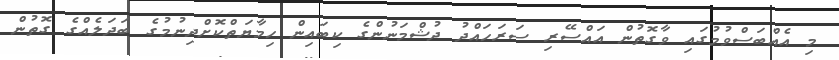
މި އެއްބަސްވުމުގައި ވާގޮތުން އައްސޭރި ސަރަހައްދު ދުޝްމަނުންގެ ކިބައިން ހިމާޔަތްކޮށްދިނުމުގެ ބަދަލެއްގެ ގޮތުން